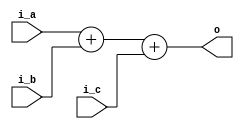
////////////////////////////////////////////////////////////////////////////////
//
// By : Joshua, Teresia Savera, Yashael Faith
// 
// Module Name      : 3 Input Adder Module
// Version          : 1.0
// Description      : adder 3 input
//
////////////////////////////////////////////////////////////////////////////////

module adder_3in(i_a, i_b, i_c, o);

// parameters
parameter DWIDTH=32;
parameter FRAC=24;

// input ports
input signed [DWIDTH-1:0] i_a, i_b, i_c;

// output ports
output signed [DWIDTH-1:0] o;

// adding i_a, i_b, and i_c
assign o = i_a + i_b + i_c;

endmodule